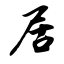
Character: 居